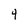
Character: 4